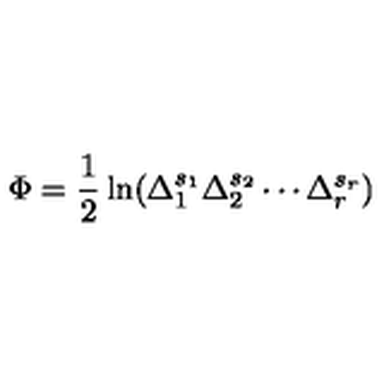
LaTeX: \Phi = \frac 1 2 \ln ( \Delta _ { 1 } ^ { s _ { 1 } } \Delta _ { 2 } ^ { s _ { 2 } } \cdots \Delta _ { r } ^ { s _ { r } } )